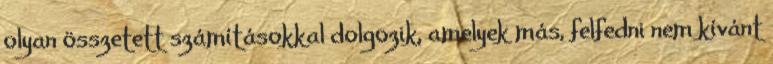
olyan összetett számításokkal dolgozik, amelyek más, felfedni nem kívánt